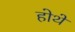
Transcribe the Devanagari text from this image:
होथें